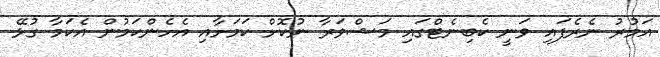
އަމުރު ނެރެފައި ވަނީ ކެބިނެޓްގައި މަޝްވަރާ ނުކޮށް ކަމަށާއި އެހެންކަމުން އެކަމާ ގުޅޭ